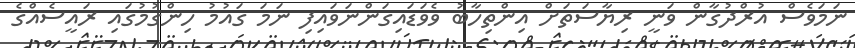
ނަމަވެސް އުރްދުގާން ވަނީ ރިޔާސަތަށް އިންތިހާބު ވެވަޑައިގަންނަވައިފި ނަމަ ގައުމު ހިންގުމުގައި ރައީސެއްގެ